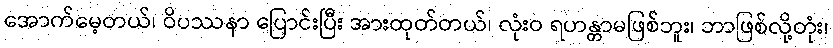
အောက်မေ့တယ်၊ ဝိပဿနာ ပြောင်းပြီး အားထုတ်တယ်၊ လုံးဝ ရဟန္တာမဖြစ်ဘူး၊ ဘာဖြစ်လို့တုံး၊